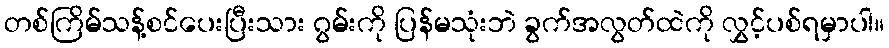
တစ်ကြိမ်သန့်စင်ပေးပြီးသား ဂွမ်းကို ပြန်မသုံးဘဲ ခွက်အလွတ်ထဲကို လွှင့်ပစ်ရမှာပါ။